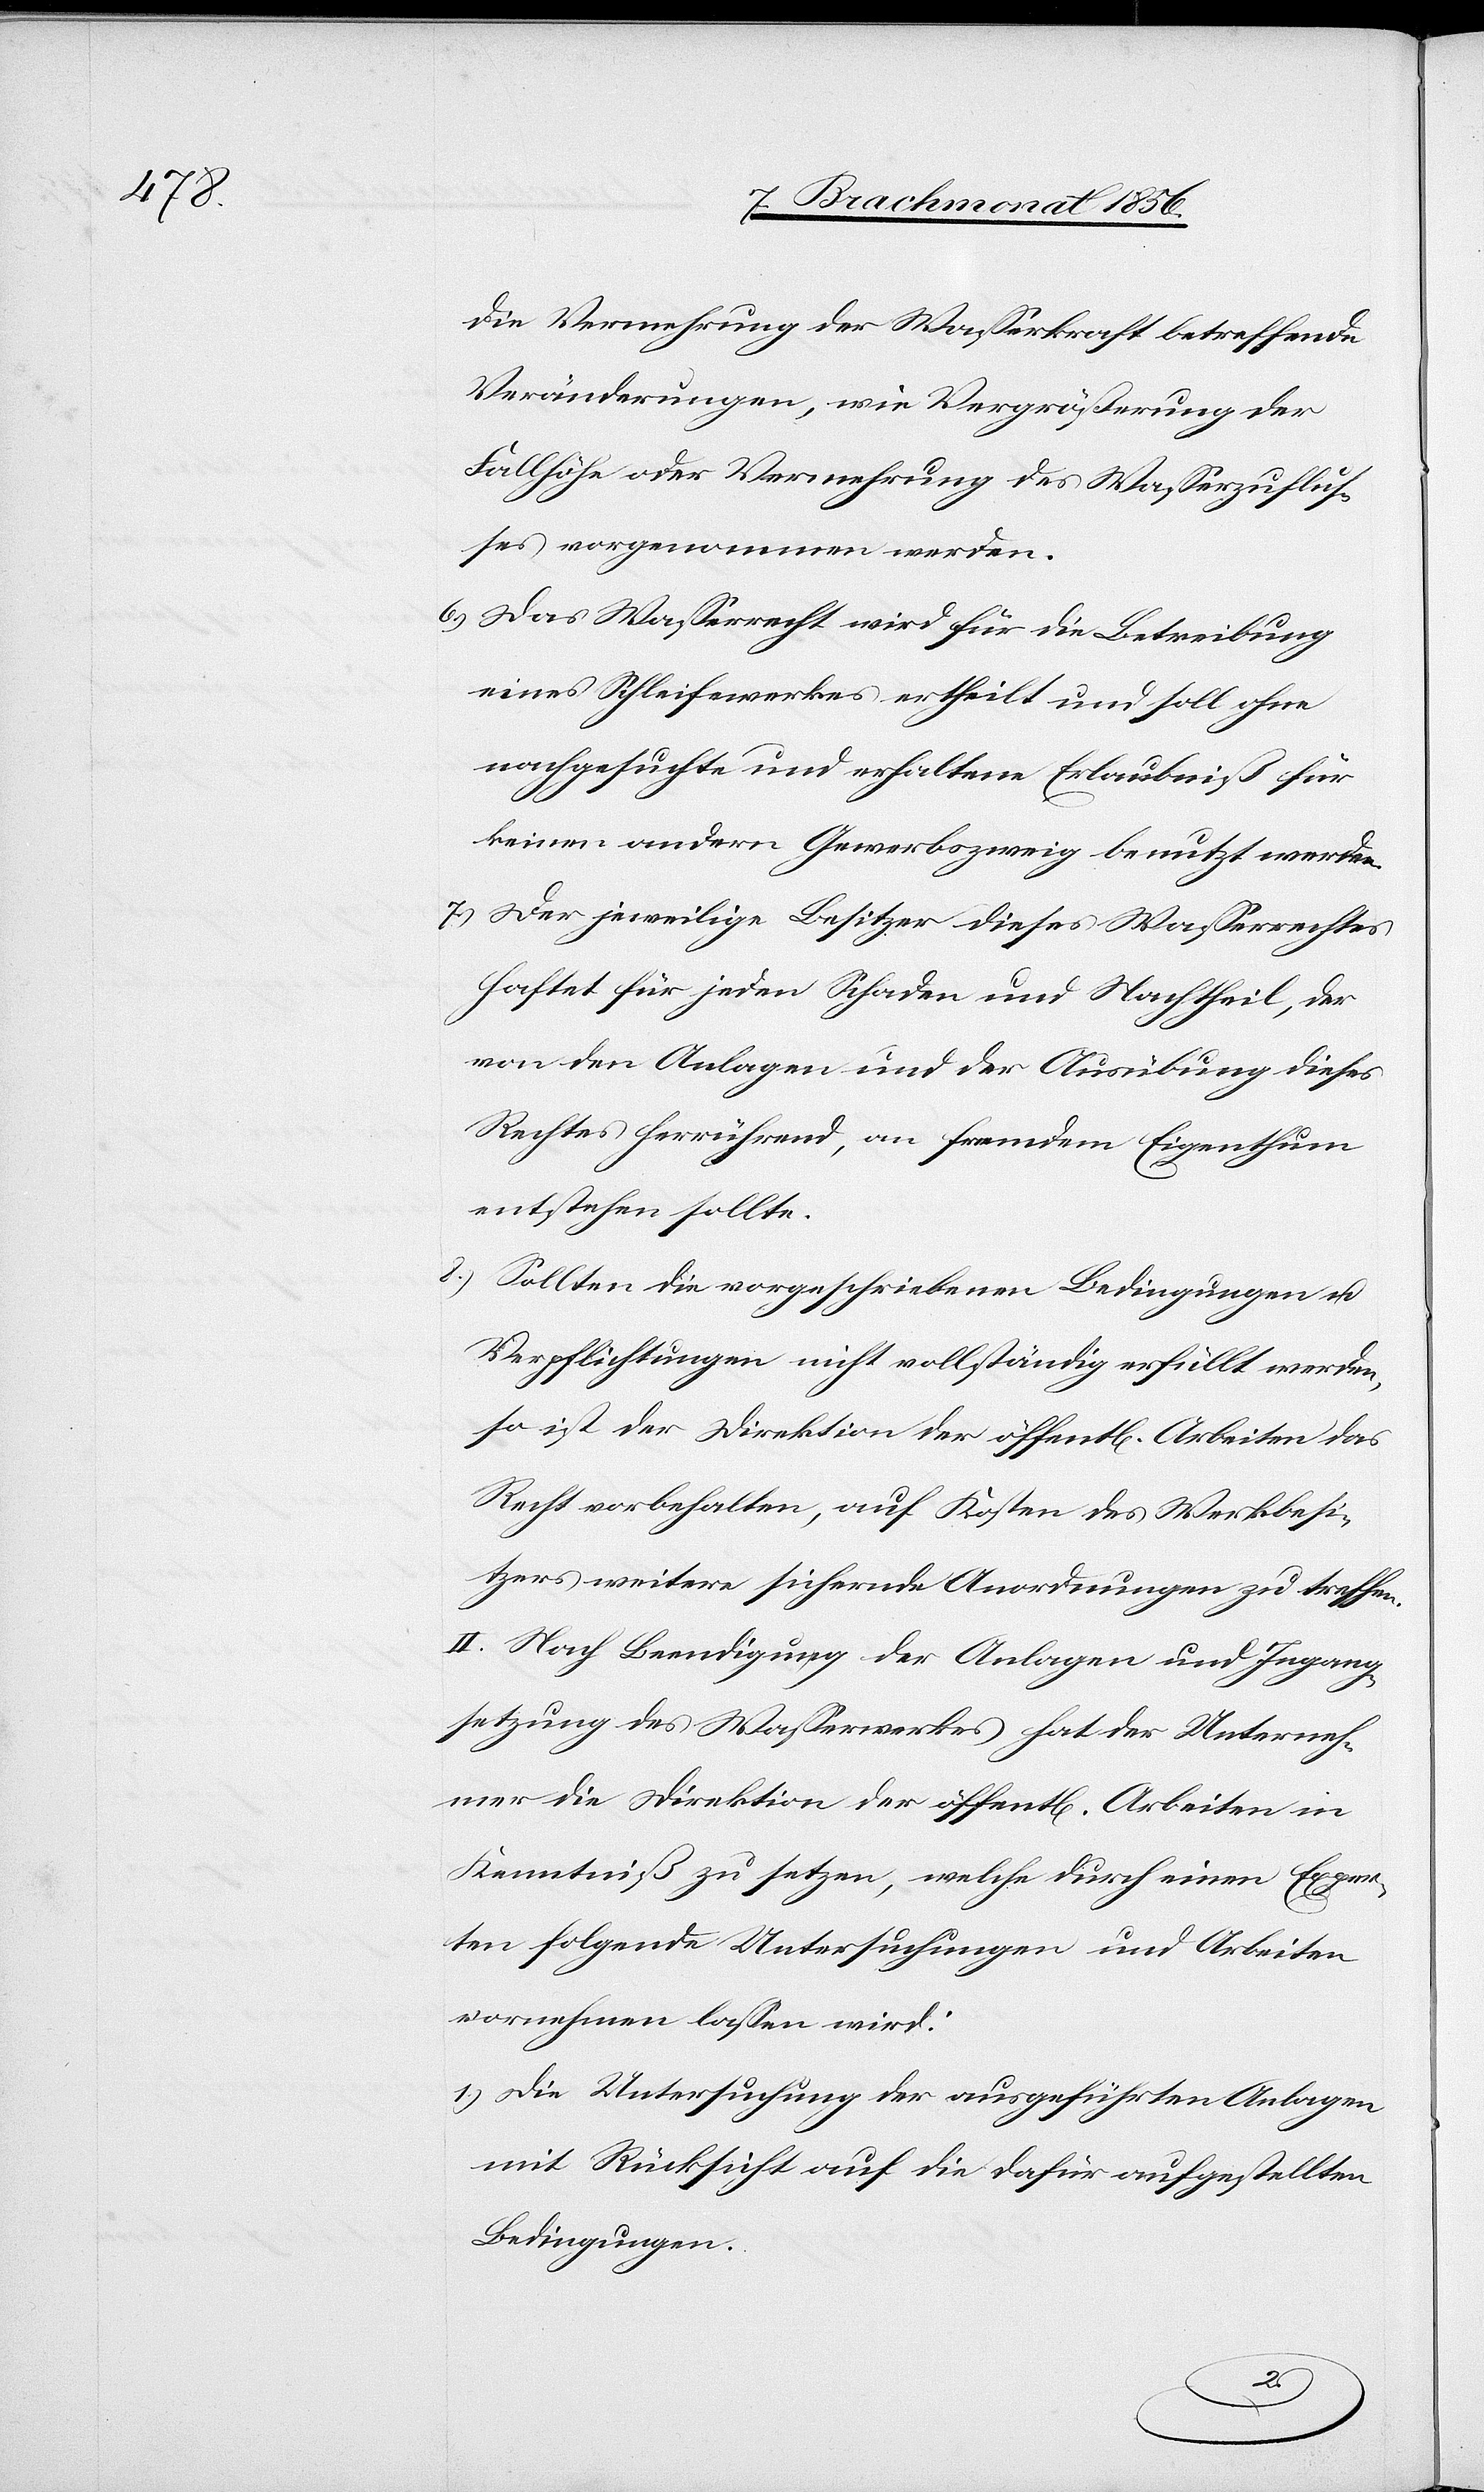
die Vermehrung der Wasserkraft betreffende
Veränderungen, wie Vergrößerung der
Fallhöhe oder Vermehrung des Wasserzuflus¬
ses vorgenommen werden.
6.) Das Wasserrecht wird für die Betreibung
eines Schleifewerkes ertheilt und soll ohne
nachgesuchte und erhaltene Erlaubniß für
keinen andern Gewerbszweig benutzt werden.
7.) Der jeweilige Besitzer dieses Wasserrechtes
haftet für jeden Schaden und Nachtheil, der
von den Anlagen und der Ausübung dieses
Rechtes herrührend, an fremdem Eigenthum
entstehen sollte.
8.) Sollten die vorgeschriebenen Bedingungen u.
Verpflichtungen nicht vollständig erfüllt werden,
so ist der Direktion der öffentl[ichen] Arbeiten das
Recht vorbehalten, auf Kosten des Werkbesi¬
tzers weitere sichernde Anordnungen zu treffen.
II. Nach Beendigung der Anlagen und Ingang¬
setzung des Wasserwerkes hat der Unterneh¬
mer die Direktion der öffentl[ichen] Arbeiten in
Kenntniß zu setzen, welche durch einen Exper¬
ten folgende Untersuchungen und Arbeiten
vornehmen lassen wird:
1.) Die Untersuchung der ausgeführten Anlagen
mit Rücksicht auf die dafür aufgestellten
Bedingungen.